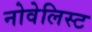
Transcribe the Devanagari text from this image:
नोवेलिस्ट